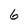
Character: 6